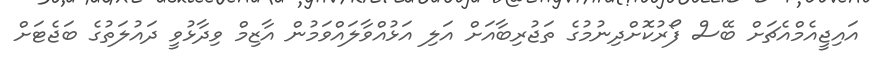
އައިޖީއެމްއެޗަށް ބޭސް ފޯރުކޮށްދިނުމުގެ ތަޖުރިބާއަށް އަލި އަޅުއްވާލައްވަމުން އާޒިމް ވިދާޅުވީ ދައުލަތުގެ ބަޖެޓަށް